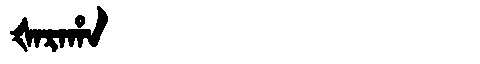
Manchu: ᡧᠠᡵᠠᡥᠠ
Romanization: ŠARAHA